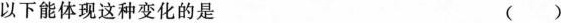
以下能体现这种变化的是 ()